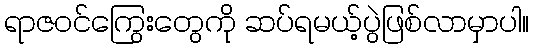
ရာဇဝင်ကြွေးတွေကို ဆပ်ရမယ့်ပွဲဖြစ်လာမှာပါ။